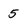
Character: 5